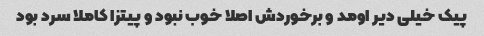
پیک خیلی دیر اومد و برخوردش اصلا خوب نبود و پیتزا کاملا سرد بود